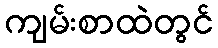
ကျမ်းစာထဲတွင်